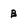
Character: b